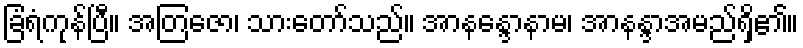
ခြံရံကုန်ပြီ။ အတြဇော၊ သားတော်သည်။ အာနန္ဒောနာမ၊ အာနန္ဒာအမည်ရှိ၏။